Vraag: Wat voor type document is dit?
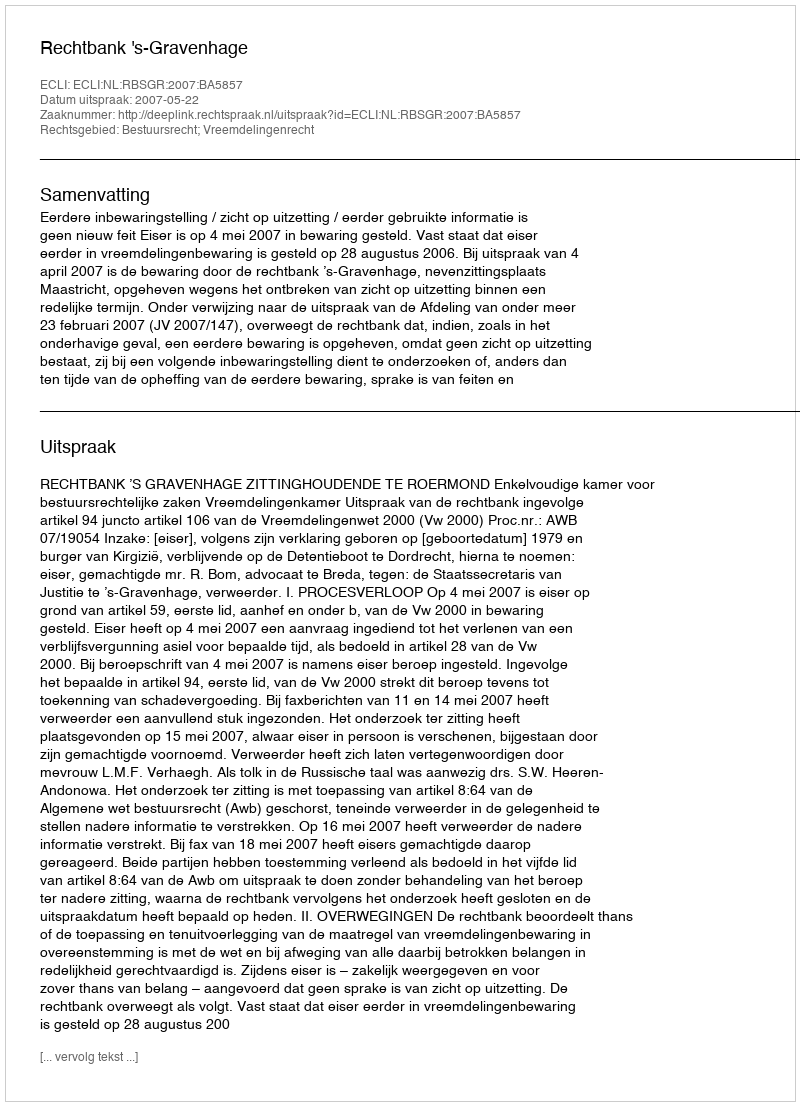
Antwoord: Uitspraak